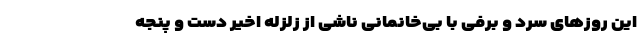
این روزهای سرد و برفی با بی‌خانمانی ناشی از زلزله اخیر دست و پنجه